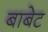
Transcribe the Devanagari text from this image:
बाबेट